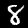
Digit: 8